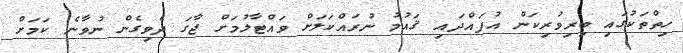
ހިތްތަކުގައި ބިރިވުރިކަން އުފައްދައި ޤައުމު ނުރައްކަލަށް ވައްޓާލުމަށް ޖާގަ ދެވިގެން ނުވާނެ ކަމަށް